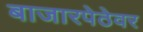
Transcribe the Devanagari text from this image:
बाजारपेठेवर